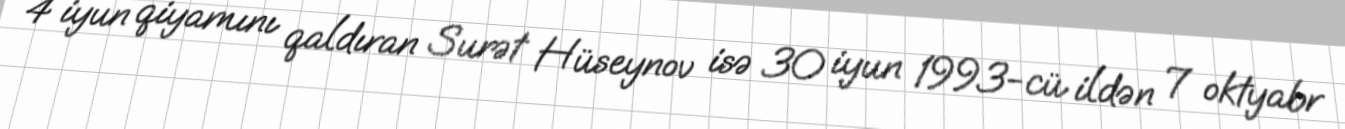
4 iyun qiyamını qaldıran Surət Hüseynov isə 30 iyun 1993-cü ildən 7 oktyabr